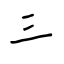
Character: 三